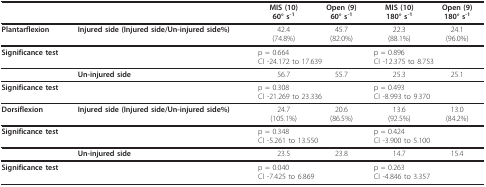
<table><thead><tr><td></td><td></td><td><b>MIS (10)60° s<sup>-1</sup></b></td><td><b>Open (9)60° s<sup>-1</sup></b></td><td><b>MIS (10)180° s<sup>-1</sup></b></td><td><b>Open (9)180° s<sup>-1</sup></b></td></tr></thead><tbody><tr><td><b>Plantarflexion</b></td><td><b>Injured side (Injured side/Un-injured side%)</b></td><td>42.4(74.8%)</td><td>45.7(82.0%)</td><td>22.3(88.1%)</td><td>24.1(96.0%)</td></tr><tr><td colspan="2"><b>Significance test</b></td><td colspan="2">p = 0.664CI -24.172 to 17.639</td><td colspan="2">p = 0.896CI -12.375 to 8.753</td></tr><tr><td></td><td><b>Un-injured side</b></td><td>56.7</td><td>55.7</td><td>25.3</td><td>25.1</td></tr><tr><td colspan="2"><b>Significance test</b></td><td colspan="2">p = 0.308CI -21.269 to 23.336</td><td colspan="2">p = 0.493CI -8.993 to 9.370</td></tr><tr><td><b>Dorsiflexion</b></td><td><b>Injured side (Injured side/Un-injured side%)</b></td><td>24.7(105.1%)</td><td>20.6(86.5%)</td><td>13.6(92.5%)</td><td>13.0(84.2%)</td></tr><tr><td colspan="2"><b>Significance test</b></td><td colspan="2">p = 0.348CI -5.261 to 13.550</td><td colspan="2">p = 0.424CI -3.900 to 5.100</td></tr><tr><td></td><td><b>Un-injured side</b></td><td>23.5</td><td>23.8</td><td>14.7</td><td>15.4</td></tr><tr><td colspan="2"><b>Significance test</b></td><td colspan="2">p = 0.040CI -7.425 to 6.869</td><td colspan="2">p = 0.263CI -4.846 to 3.357</td></tr></tbody></table>